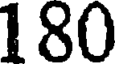
180